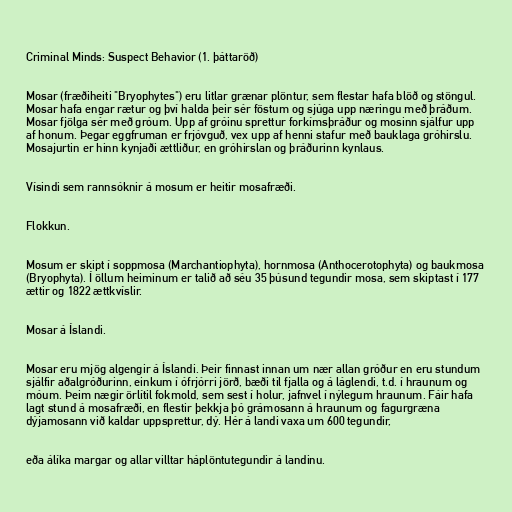
Criminal Minds: Suspect Behavior (1. þáttaröð)

Mosar (fræðiheiti "Bryophytes") eru litlar grænar plöntur, sem flestar hafa blöð og stöngul.
Mosar hafa engar rætur og því halda þeir sér föstum og sjúga upp næringu með þráðum.
Mosar fjölga sér með gróum. Upp af gróinu sprettur forkímsþráður og mosinn sjálfur upp
af honum. Þegar eggfruman er frjóvguð, vex upp af henni stafur með bauklaga gróhirslu.
Mosajurtin er hinn kynjaði ættliður, en gróhirslan og þráðurinn kynlaus.

Vísindi sem rannsóknir á mosum er heitir mosafræði.

Flokkun.

Mosum er skipt í soppmosa (Marchantiophyta), hornmosa (Anthocerotophyta) og baukmosa
(Bryophyta). Í öllum heiminum er talið að séu 35 þúsund tegundir mosa, sem skiptast í 177
ættir og 1822 ættkvíslir.

Mosar á Íslandi.

Mosar eru mjög algengir á Íslandi. Þeir finnast innan um nær allan gróður en eru stundum
sjálfir aðalgróðurinn, einkum í ófrjórri jörð, bæði til fjalla og á láglendi, t.d. í hraunum og
móum. Þeim nægir örlítil fokmold, sem sest í holur, jafnvel í nýlegum hraunum. Fáir hafa
lagt stund á mosafræði, en flestir þekkja þó grámosann á hraunum og fagurgræna
dýjamosann við kaldar uppsprettur, dý. Hér á landi vaxa um 600 tegundir,

eða álíka margar og allar villtar háplöntutegundir á landinu.